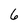
Character: 6